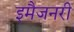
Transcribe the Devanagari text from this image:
इमैजनरी